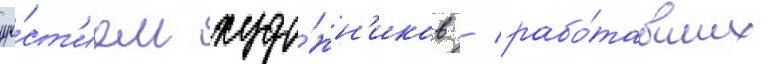
уча́ст'ием худо́жн'иков / рабо́тавших